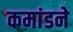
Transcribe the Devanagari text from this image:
कमांडने